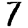
Digit: 7